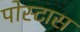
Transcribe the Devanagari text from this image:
पोस्टास